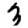
Digit: 3